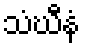
သံဃီနံ